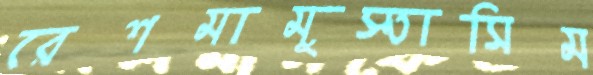
রেশমামুস্তাসিম